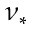
\nu _ { \ast }